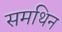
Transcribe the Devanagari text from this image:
समथिन